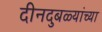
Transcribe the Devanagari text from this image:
दीनदुबळ्यांच्या